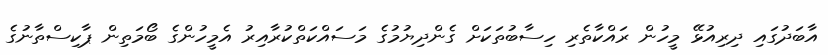
އާބަދުގައި ދިރިއުޅޭ މީހުން ރައްކާތެރި ހިސާބުތަކަށް ގެންދިޔުމުގެ މަސައްކަތްކުރާއިރު އެމީހުންގެ ބޯމަތިން ޕާކިސްތާނުގެ